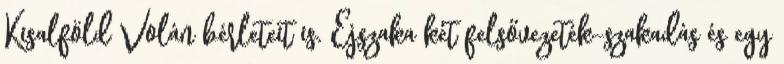
Kisalföld Volán bérleteit is. Éjszaka két felsővezeték-szakadás és egy